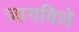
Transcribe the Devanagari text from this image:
जागविले